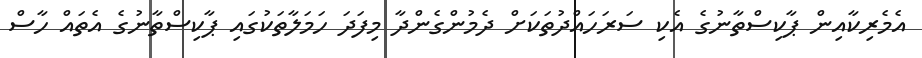
އެމެރިކާއިން ޕާކިސްތާނުގެ އެކި ސަރަހައްދުތަކަށް ދެމުންގެންދާ މިފަދަ ހަމަލާތަކުގައި ޕާކިސްތާނުގެ އެތައް ހާސް